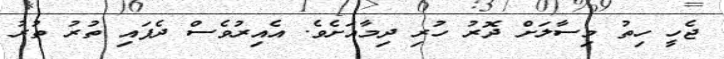
ޖެހީ ހިތު މިސާލަށް ދޮރު ހުރި ދިމާއަށެވެ. އެއިރުވެސް ދެފައި ތުރު ތުރު